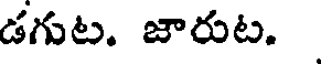
డగుట. జారుట.